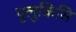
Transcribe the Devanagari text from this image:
पुलुकिसि